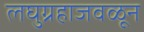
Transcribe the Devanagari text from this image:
लघुग्रहाजवळून